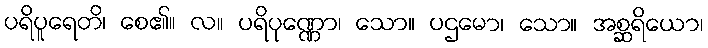
ပရိပူရေတိ၊ စေ၏။ လ။ ပရိပုဏ္ဏော၊ သော။ ပဌမော၊ သော။ အစ္ဆရိယော၊